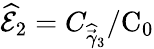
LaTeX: \widehat{\mathcal{E}}_{2}=C_{\widehat{\vec{\gamma}}_{3}}/\textrm{C}_{0}